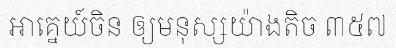
អាគ្នេយ៍ចិន ឲ្យមនុស្សយ៉ាងតិច ៣៥៧